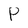
Character: P